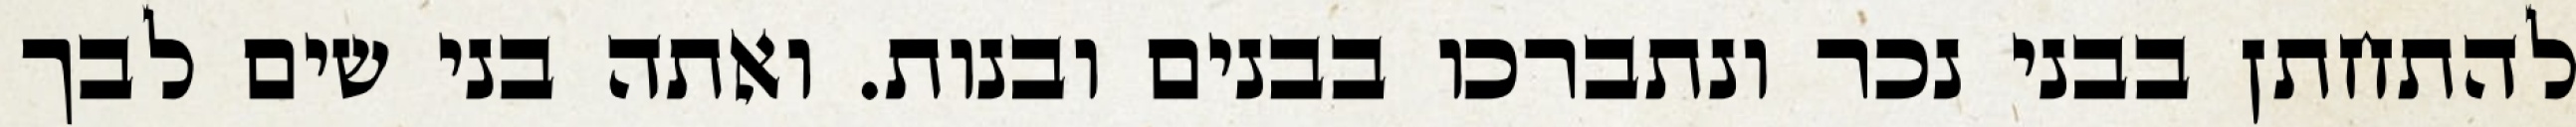
להתחתן בבני נכר ונתברכו בבנים ובנות. ואתה בני שים לבך